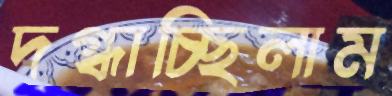
দগ্ধাচ্ছিলাম